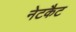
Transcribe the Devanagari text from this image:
नेटकैट